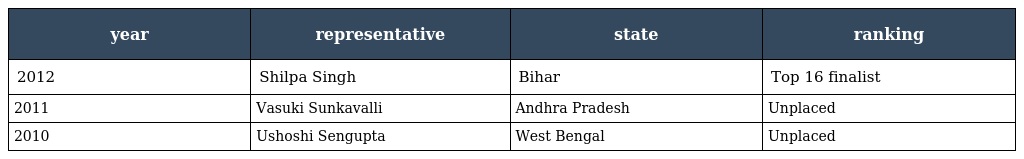
| year | representative | state | ranking |
 | --- | --- | --- | --- |
 | 2012 | Shilpa Singh | Bihar | Top 16 finalist |
 | 2011 | Vasuki Sunkavalli | Andhra Pradesh | Unplaced |
 | 2010 | Ushoshi Sengupta | West Bengal | Unplaced |